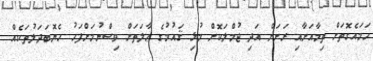
ހަމައެގޮތަށް ތިމާއަށާއި ރަށަށް އަދި ޖުމްލަކޮށް މުޅި ޤައުމުގެ ޙާލަތަށް ވިސްނުމަށްފަހު ހެޔޮބަދަލުތަކެއް